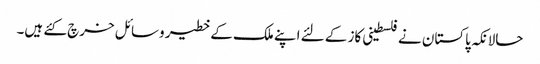
حالانکہ پاکستان نے فلسطینی کاز کے لئے اپنے ملک کے خطیر وسائل خرچ کئے ہیں۔